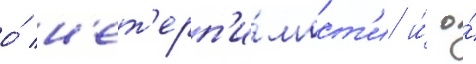
о́ н'ет'ерп'и́мост'и и́ о́